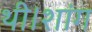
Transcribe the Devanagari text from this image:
थी।शांग